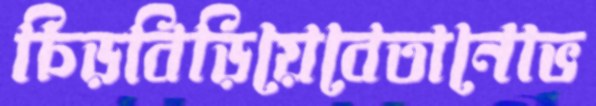
চিড়বিড়িয়েবেতানোভ